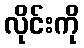
လိုင်းကို